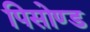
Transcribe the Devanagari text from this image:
पिसोण्ड